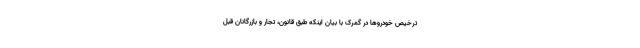
ترخیص خودروها در گمرک با بیان اینکه طبق قانون، تجار و بازرگانان قبل